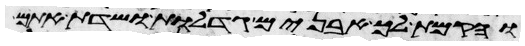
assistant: והקמת לך אבנים גדלות ושדת אתם